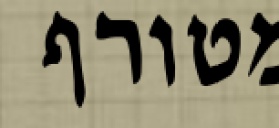
מטורף